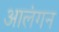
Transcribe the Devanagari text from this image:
आलंगन